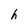
Character: h